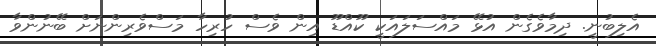
އެލިބުނީ. ދިމާވެގެން އުޅޭ މައްސަލައަކީ ކޫއްޑޫ އިން ވެސް ހުރިހާ މަސްވެރިންނަށް ބޭނުންވާ